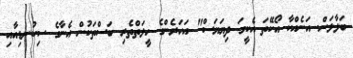
ބަލާލަން. އަނެއްކާ އޯކޭތަ އެކީގަ ދިޔަޔަސް" އަހަރެންގެ ހީލަތްތެރި ބަސްތަކުން އެނާގެ ސިކުނޑިއާއި